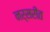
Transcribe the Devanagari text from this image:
नर्सरीत